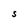
Character: S